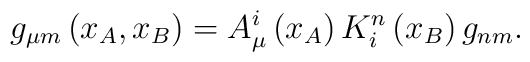
g_{\mu m} \left( x_A , x_B \right) = A_{\mu}^i \left( x_A \right) K_i^n \left(x_B \right) g_{nm}.